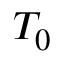
T _ { 0 }